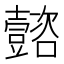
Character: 𡄻